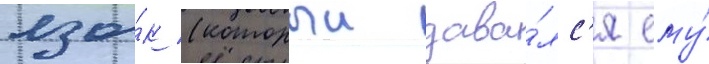
язы́к (которыи дава́лс'я ему́